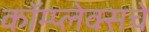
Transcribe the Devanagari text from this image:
कॉम्प्लेक्सचे